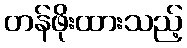
တန်ဖိုးထားသည့်